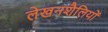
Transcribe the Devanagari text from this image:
लेखनशैलियों